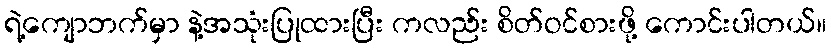
ရဲ့ကျောဘက်မှာ နဲ့အသုံးပြုထားပြီး ကလည်း စိတ်ဝင်စားဖို့ ကောင်းပါတယ်။